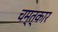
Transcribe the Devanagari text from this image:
चम्त्कार